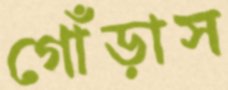
গোঁড়াস